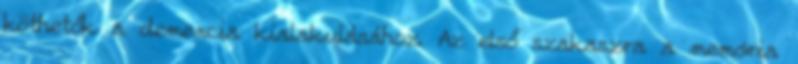
köthetők a demencia kialakulásához. Az első szakaszra a memória